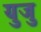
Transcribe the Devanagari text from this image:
युजु